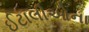
ઈટાલીઓના